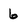
Character: 6